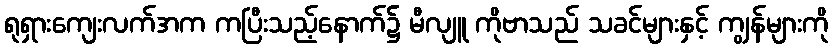
ရုရှားကျေးလက်အက ကပြီးသည့်နောက်၌ မီလျူ ကိုဗာသည် သခင်များနှင့် ကျွန်များကို